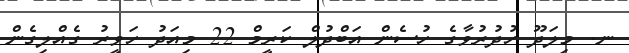
ނ. މިލަދޫ ހުދުރުވާގެ ހުސެން އަބްދުލް ކަރީމް 22 މިއަދު ހަވީރު ގެއްލިގެން